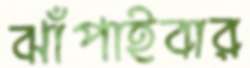
ঝাঁপাইবার